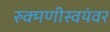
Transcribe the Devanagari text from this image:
रुक्मणीस्वयंवर